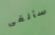
سألقى